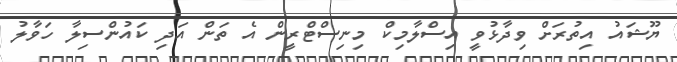
ޔޫޝައު އިތުރަށް ވިދާޅުވީ އިސްލާމިކް މިނިސްޓްރީން އެ ތަން އަދި ކައުންސިލާ ހަވާލު